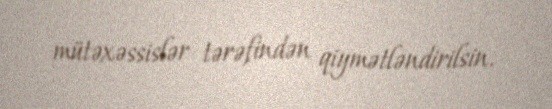
mütəxəssislər tərəfindən qiymətləndirilsin.